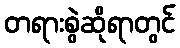
တရားစွဲဆိုရာတွင်